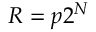
R = p 2 ^ { N }